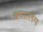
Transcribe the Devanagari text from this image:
क्गात्लेंग